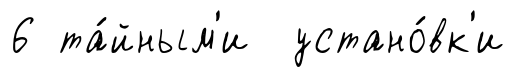
6 та́йным'и устано́вк'и